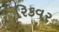
રિકવર